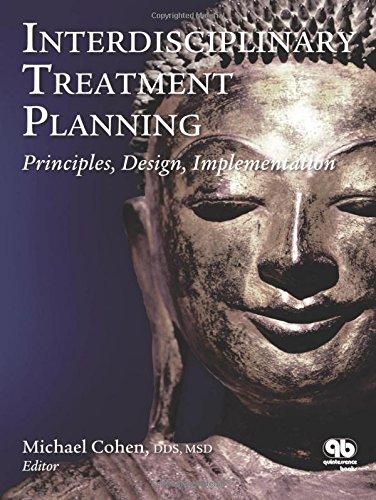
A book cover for Interdisciplinary Treatment Planning: Principles, Design, Implementation; Michael Cohen; Medical Books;